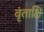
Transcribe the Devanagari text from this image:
वृंताक्षि